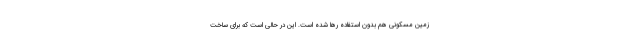
زمین مسکونی هم بدون استفاده رها شده است. این در حالی است که برای ساخت